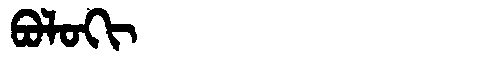
Manchu: ᠪᠣᠯᠣᡴᡳ
Romanization: BOLOKI